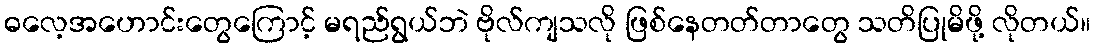
ဓလေ့အဟောင်းတွေကြောင့် မရည်ရွယ်ဘဲ ဗိုလ်ကျသလို ဖြစ်နေတတ်တာတွေ သတိပြုမိဖို့ လိုတယ်။